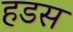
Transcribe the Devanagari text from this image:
हडस